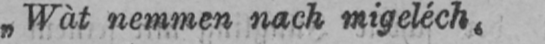
„Wàt nemmen nach migeléch,